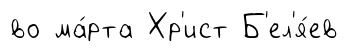
во ма́рта Хр'ист Б'ел'я́ев